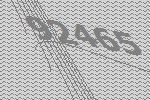
92465